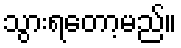
သွားရတော့မည်။